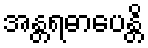
အန္တရဓာပေန္တိ